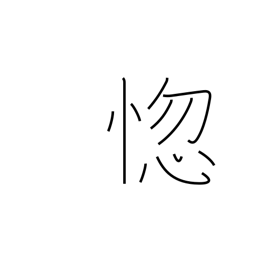
Meaning: grow senile